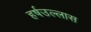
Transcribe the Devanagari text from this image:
हर्षउल्लास